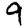
Digit: 9